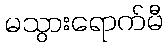
မသွားရောက်မီ